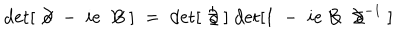
\mathrm { d e t } [ \; \not { \! \partial } \; - \; i e \; \not { \! \! B } \; ] \; = \; \mathrm { d e t } [ \; \not { \! \partial } \; ] \; \mathrm { d e t } [ 1 \; - \; i e \not { \! \! B } \; \not { \! \partial } ^ { - 1 } \; ]